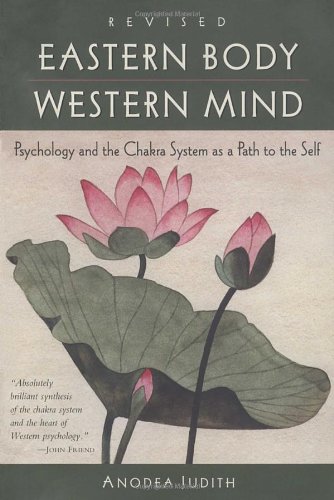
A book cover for Eastern Body, Western Mind: Psychology and the Chakra System As a Path to the Self; Anodea Judith; Health, Fitness & Dieting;